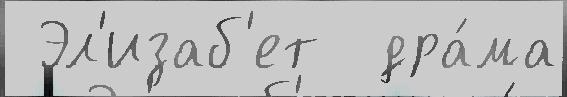
 Эл'изаб'ет  дра́ма